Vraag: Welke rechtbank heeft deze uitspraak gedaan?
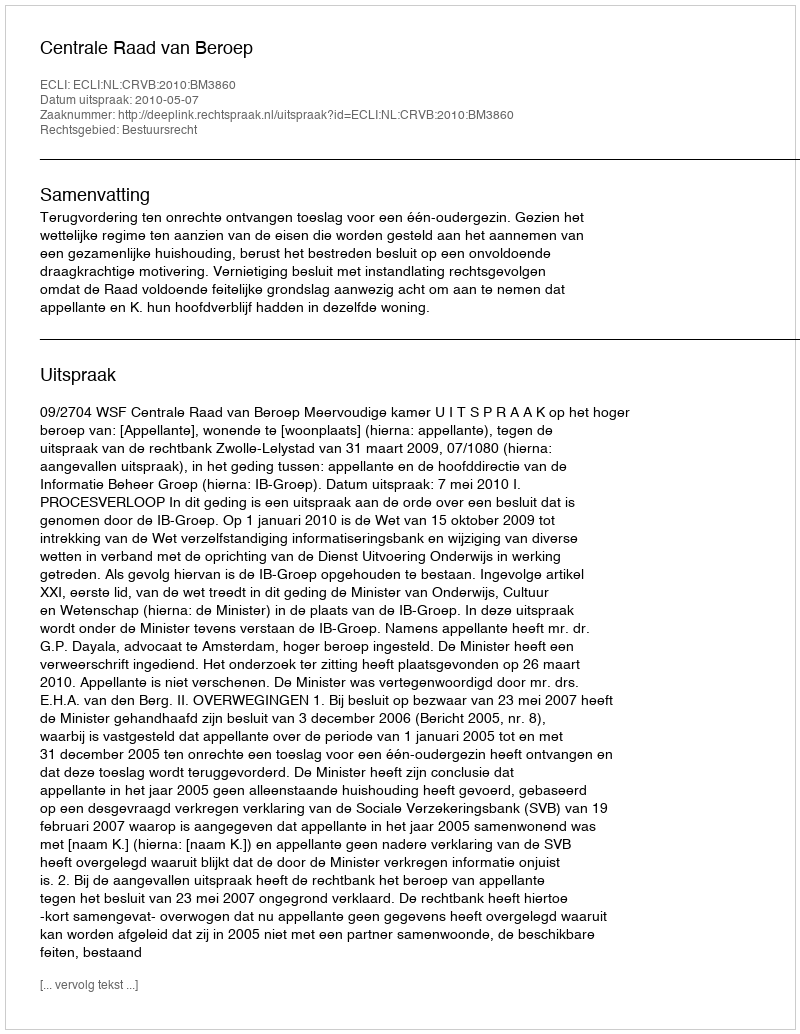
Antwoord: Centrale Raad van Beroep